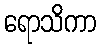
ရောသိကာ